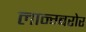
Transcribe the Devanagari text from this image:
लान्ग्बरोर